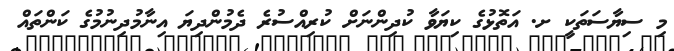
މި ސިޔާސަތަކީ ށ. އަތޮޅުގެ ކިޔަވާ ކުދިންނަށް ކުރިއްސުރެ ދެމުންދިޔަ އިނާމުދިނުމުގެ ކަންތައް